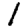
Digit: 1